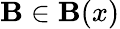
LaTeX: \mathbf{B}\in{\mathcal{{\mathbf{B}}}}(x)